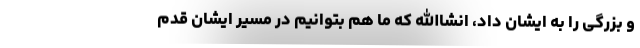
و بزرگی را به ایشان داد، انشاالله که ما هم بتوانیم در مسیر ایشان قدم